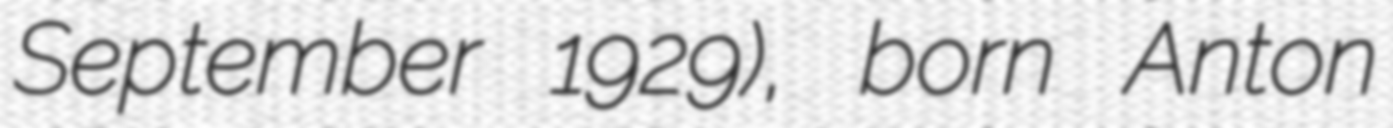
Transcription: September 1929), born Anton